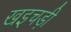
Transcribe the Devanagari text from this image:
खइचड़ी